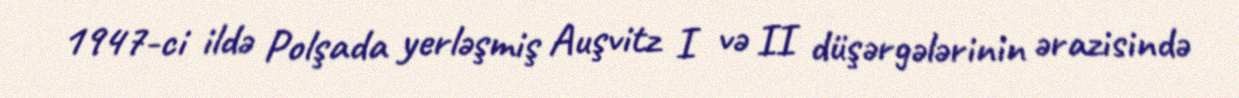
1947-ci ildə Polşada yerləşmiş Auşvitz I və II düşərgələrinin ərazisində